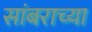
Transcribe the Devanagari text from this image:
सांबराच्या